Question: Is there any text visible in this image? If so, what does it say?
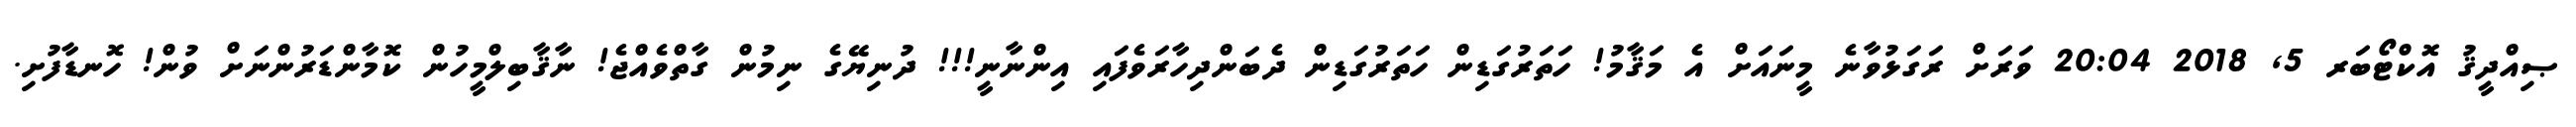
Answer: ޞިއްދީޤު އޮކްޓޯބަރ 5, 2018 20:04 ވަރަށް ރަގަޅުވާނެ މީނައަށް އެ މަޤާމު! ހަތަރުގަޑިން ހަތަރުގަޑިން ދެބަންދިހާރަވެފައި އިންނާނީ!!! ދުނިޔޭގެ ނިމުން ގާތްވެއްޖެ! ނާޤާބިލްމީހުން ކޮމާންޑަރުންނަށް ވުން! ހޮނޑާފުށި.